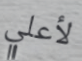
لأعلي